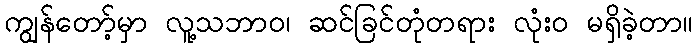
ကျွန်တော့်မှာ လူ့သဘာဝ၊ ဆင်ခြင်တုံတရား လုံးဝ မရှိခဲ့တာ။